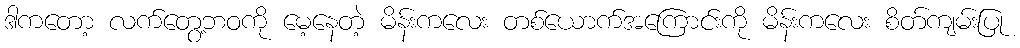
ဒါကတော့ လက်တွေ့ဘဝကို မေ့နေတဲ့ မိန်းကလေး တစ်ယောက်အကြောင်းကို မိန်းကလေး စိတ်ကျမ်းပြု